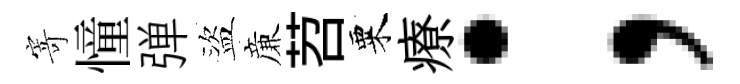
寄憧弹盜亷苕粟療；